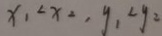
x _ { 1 } < x _ { 2 } , y _ { 1 } < y _ { 2 }